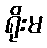
ရိုးမ